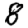
Digit: 8